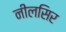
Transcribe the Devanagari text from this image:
नीलसिर